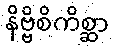
နိဗ္ဗိစိကိစ္ဆာ